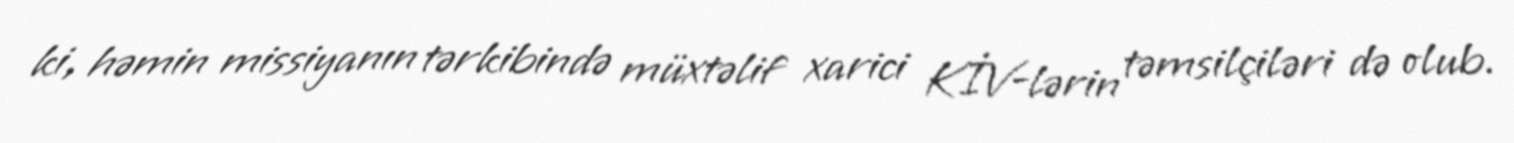
ki, həmin missiyanın tərkibində müxtəlif xarici KİV-lərin təmsilçiləri də olub.